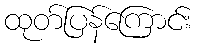
ထုတ်ပြန်ကြောင်း